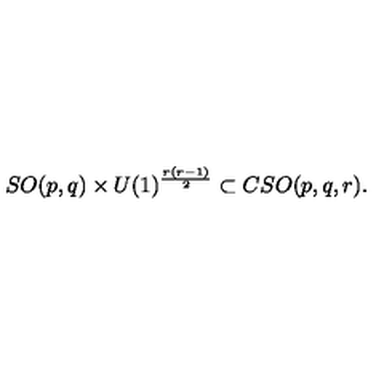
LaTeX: S O ( p , q ) \times U ( 1 ) ^ { \frac { r \left( r - 1 \right) } { 2 } } \subset C S O ( p , q , r ) .